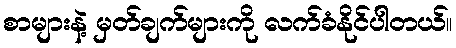
စာများနဲ့ မှတ်ချက်များကို လက်ခံနိုင်ပါတယ်။